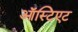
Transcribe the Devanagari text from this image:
ऑस्टिएट